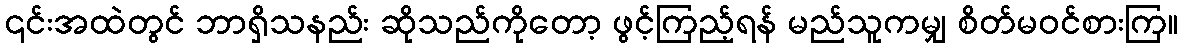
၎င်းအထဲတွင် ဘာရှိသနည်း ဆိုသည်ကိုတော့ ဖွင့်ကြည့်ရန် မည်သူကမျှ စိတ်မဝင်စားကြ။